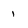
Character: 1